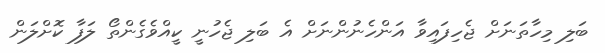
ބަލި މިހާތަނަށް ޖެހިފައިވާ އަންހެނުންނަށް އެ ބަލި ޖެހުނީ ކީއްވެގެންތޯ ލަފާ ކޮށްލަން